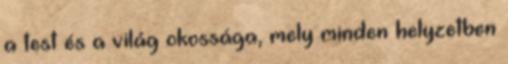
a test és a világ okossága, mely minden helyzetben